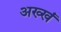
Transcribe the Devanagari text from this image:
अख्खं